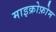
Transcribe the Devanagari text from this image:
माइक्रोफ़ोम